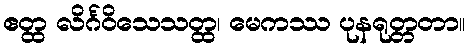
ဧတ္ထ လိင်္ဂဝိသေသတ္ထ၊ မေကဿ ပုနရုတ္တတာ။